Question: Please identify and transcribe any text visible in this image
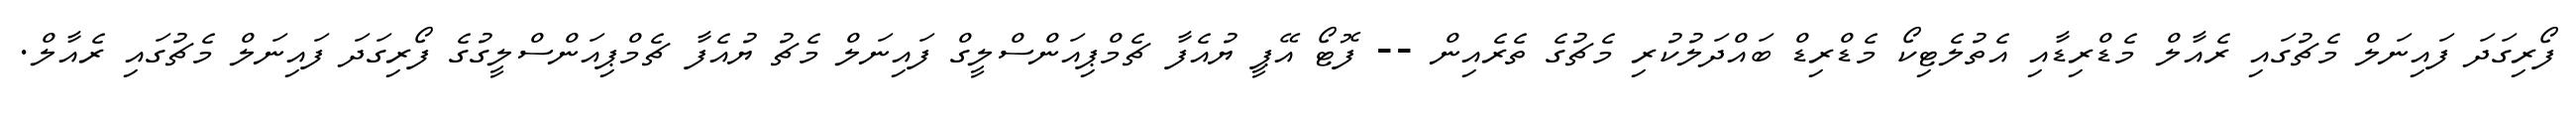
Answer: ފޯރިގަދަ ފައިނަލް މެޗުގައި ރެއާލް މެޑްރިޑާއި އެތުލެޓިކޯ މެޑްރިޑް ބައްދަލުކުރި މެޗުގެ ތެރެއިން -- ފޮޓޯ އޭޕީ ޔުއެފާ ޗެމްޕިއަންސްލީގް ފައިނަލް މެޗު ޔުއެފާ ޗެމްޕިއަންސްލީގުގެ ފޯރިގަދަ ފައިނަލް މެޗުގައި ރެއާލް.